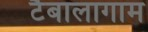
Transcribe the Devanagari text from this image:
टैबालागाम